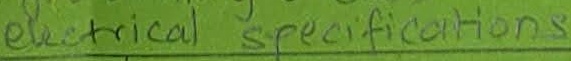
Text: electrical specifications